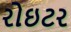
રોઇટર